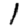
Digit: 1